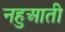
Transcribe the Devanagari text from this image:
नहुआती